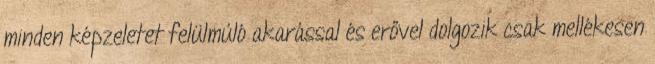
minden képzeletet felülmúló akarással és erővel dolgozik csak mellékesen